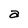
Character: a